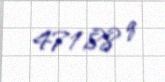
471,88 q